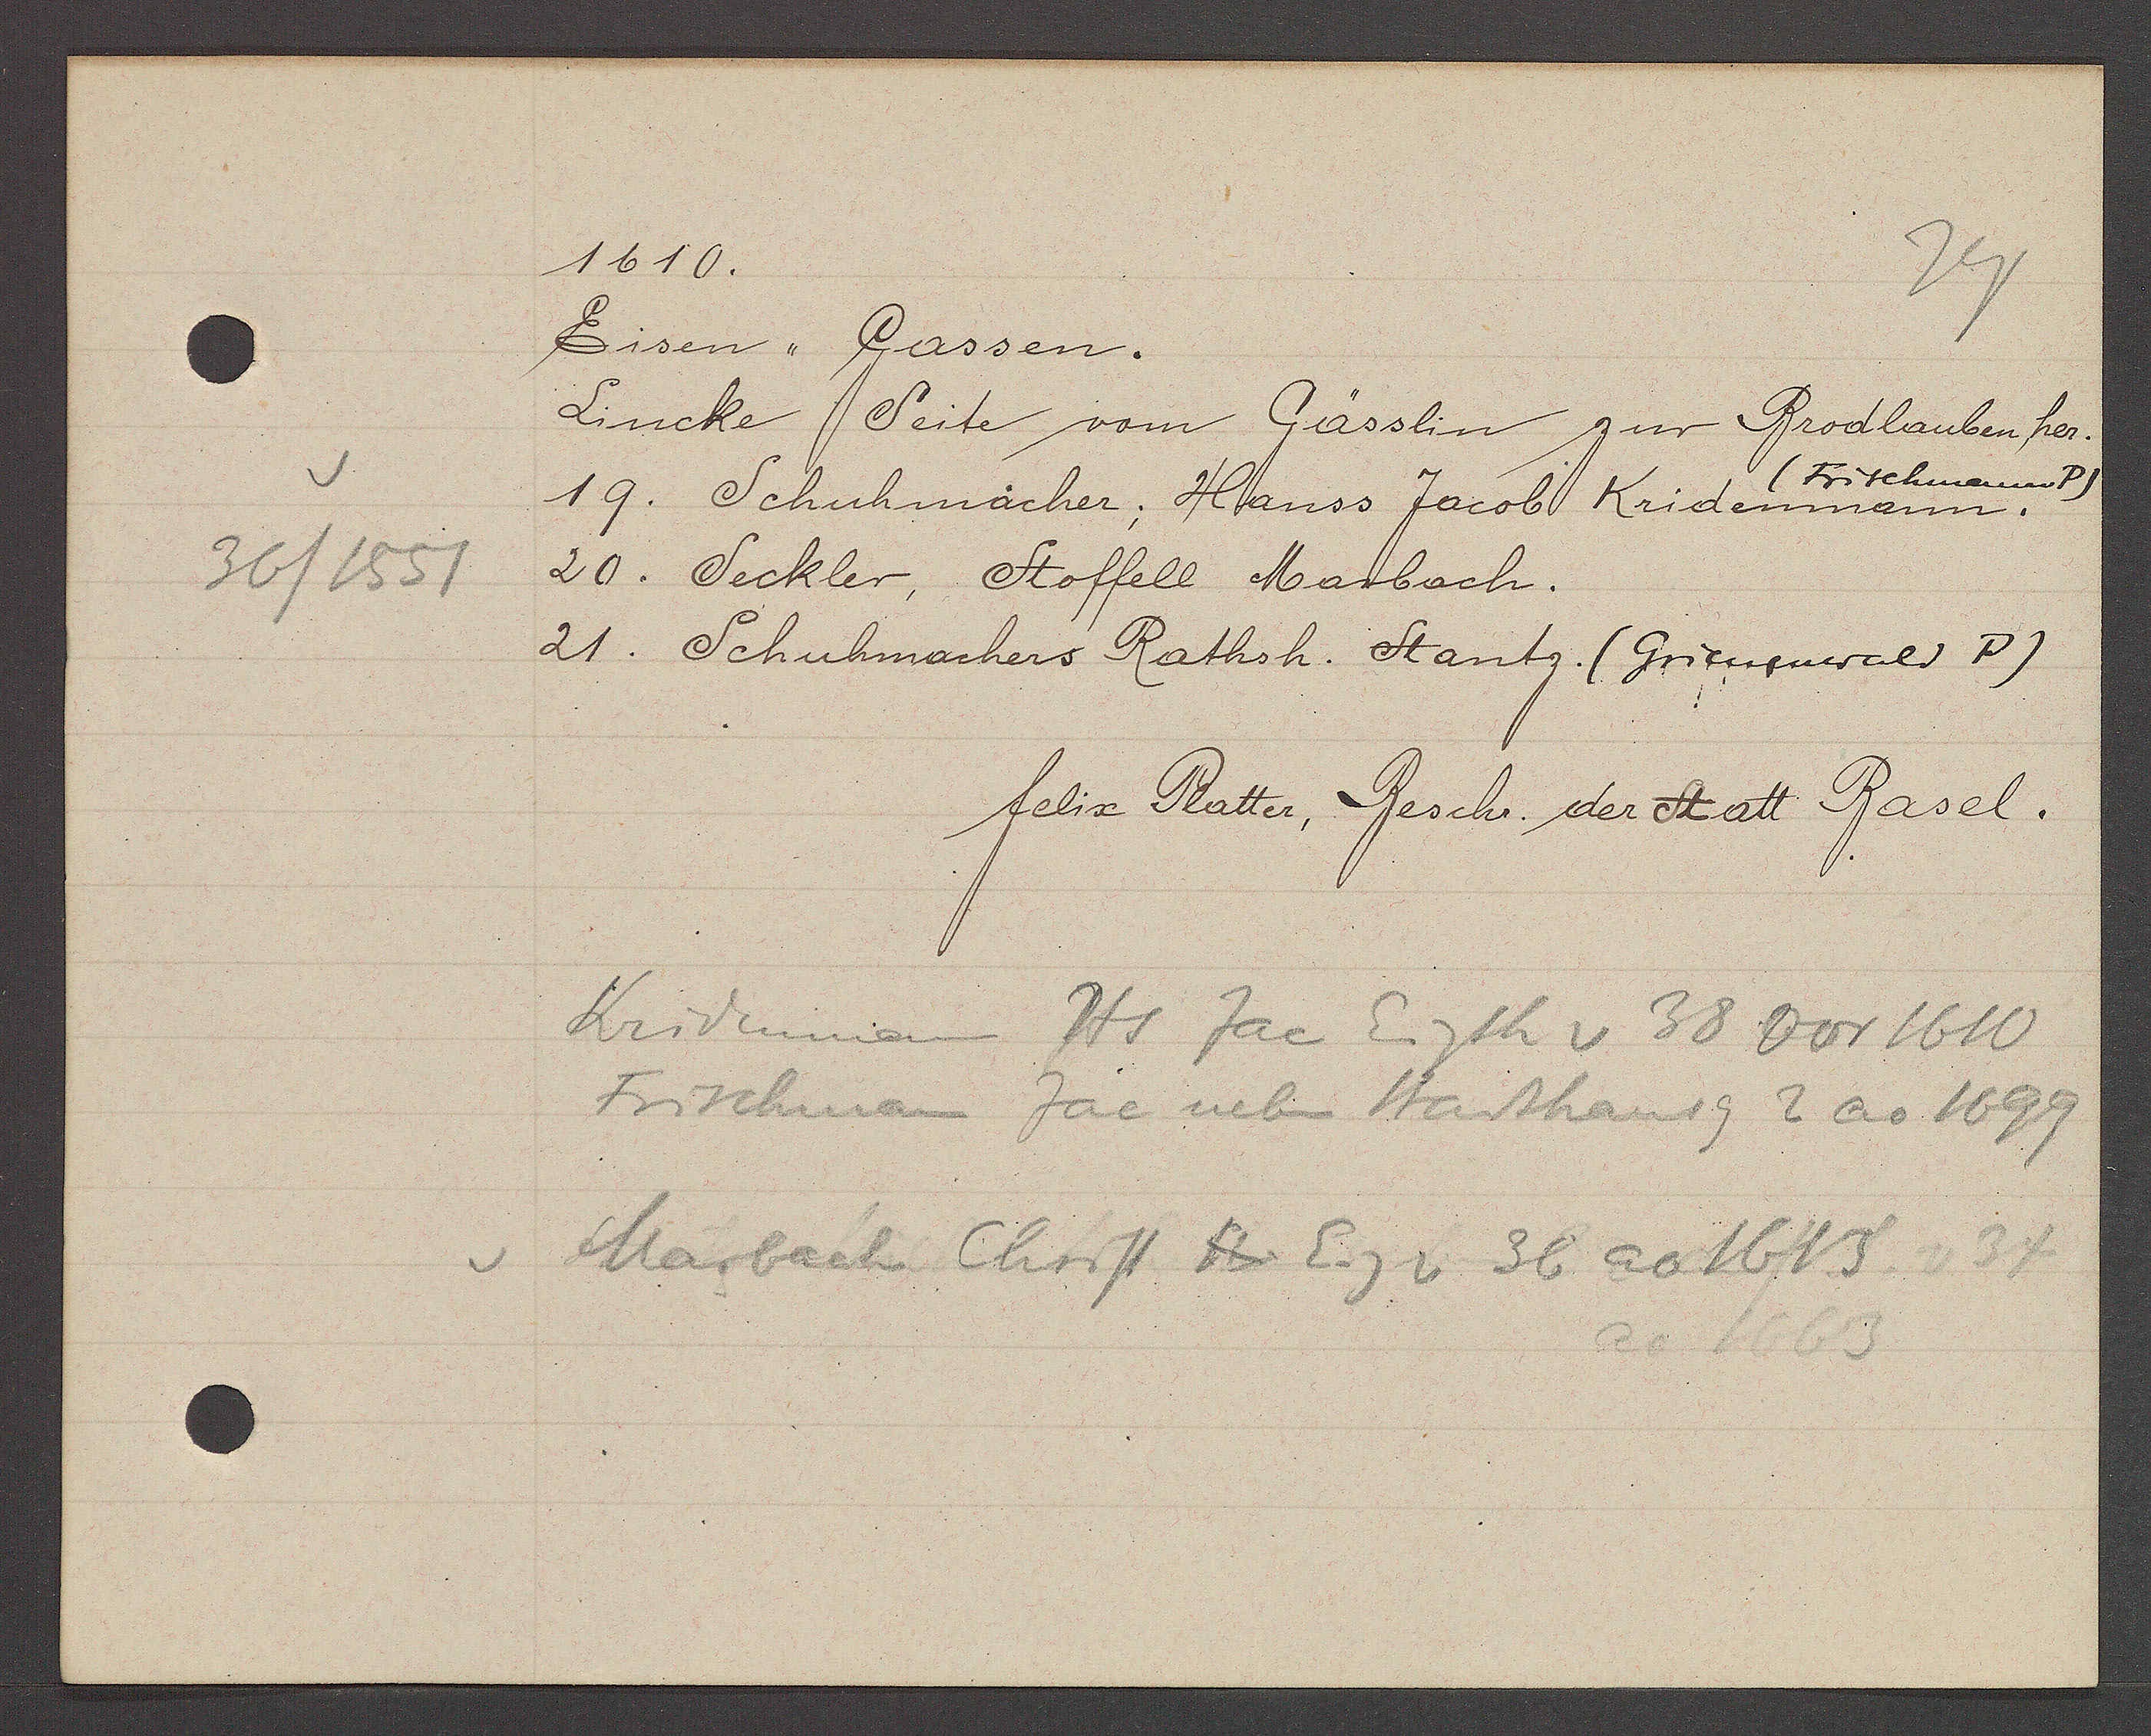
Transcript:
36/1551

1610.

Eisen, Gassen.
Lincke Seite vom Gässlin zur Brodlaubenher.
(Frischmann P)
19. Schuhmacher; Hanss Jacob Kridenmann.
20. Seckler, Stoffell Marbach.
21. Schuhmachers Rathsh. Stantz. (Grienenwald P)

felix Platter, Beschr. der Statt Basel.

Kridenmann Hs Jac Eigth v 38 vor 1610
Frischman Jac neben Stadthausg 2 ao 1699
Marbach Christ Eig v 36 ao 1613
ao 1663